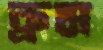
ব্রুম